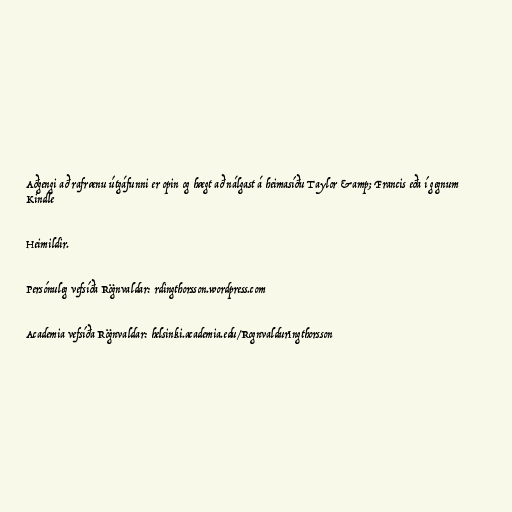
Aðgengi að rafrænu útgáfunni er opin og hægt að nálgast á heimasíðu Taylor &amp; Francis eða í gegnum
Kindle

Heimildir.

Persónuleg vefsíða Rögnvaldar: rdingthorsson.wordpress.com

Academia vefsíða Rögnvaldar: helsinki.academia.edu/RognvaldurIngthorsson